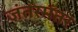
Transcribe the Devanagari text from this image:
जंतरमंतर